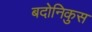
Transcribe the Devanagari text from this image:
बदोनिकुस